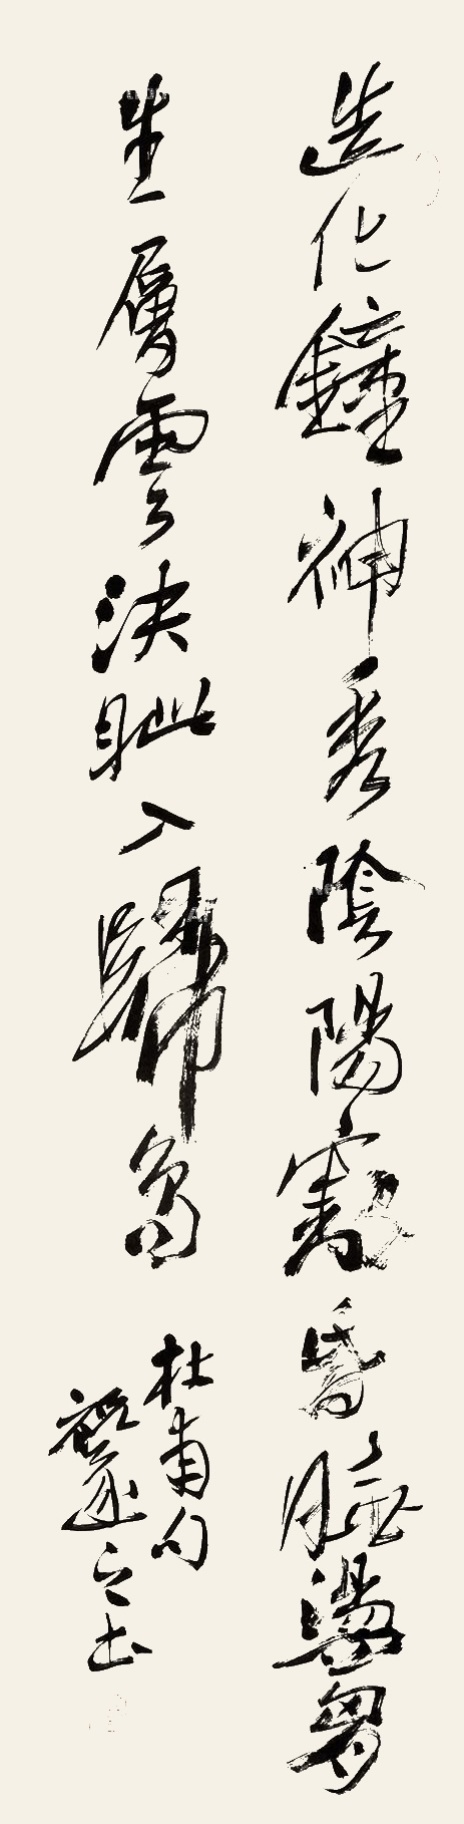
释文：造化钟神秀，阴阳割昏晓。荡胸生曾云，决眦入归鸟。杜甫句，祝遂之书。